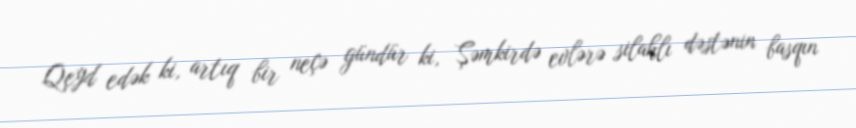
Qeyd edək ki, artıq bir neçə gündür ki, Şəmkirdə evlərə silahlı dəstənin basqın